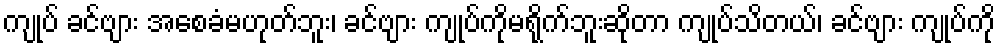
ကျုပ် ခင်ဗျား အစေခံမဟုတ်ဘူး၊ ခင်ဗျား ကျုပ်ကိုမရိုက်ဘူးဆိုတာ ကျုပ်သိတယ်၊ ခင်ဗျား ကျုပ်ကို